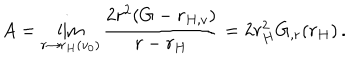
LaTeX: A = \lim _ { r \rightarrow r _ { H } ( v _ { 0 } ) } \frac { 2 r ^ { 2 } ( G - r _ { H , v } ) } { r - r _ { H } } = 2 r _ { H } ^ { 2 } G _ { , r } ( r _ { H } ) \, .